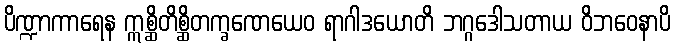
ပိဏ္ဍာကာရေန ဣစ္ဆိတိစ္ဆိတက္ခဏေယေဝ ရာဂါဒယောတိ ဘဂ္ဂဒေါသတာယ ဝိဘဝေနာပိ